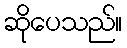
ဆိုပေသည်။